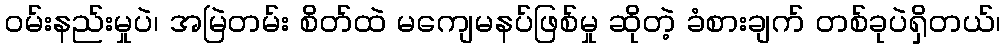
ဝမ်းနည်းမှုပဲ၊ အမြဲတမ်း စိတ်ထဲ မကျေမနပ်ဖြစ်မှု ဆိုတဲ့ ခံစားချက် တစ်ခုပဲရှိတယ်၊